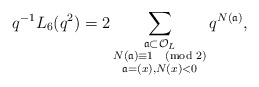
\begin{align*} q^{-1} L_{6}(q^{2}) = 2\sum_{\substack{\frak{a} \subset \mathcal{O}_{L} \\ N(\frak{a}) \equiv 1 \pmod{2} \\ \frak{a} = (x), N(x) < 0}} q^{N(\frak{a})},\end{align*}